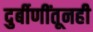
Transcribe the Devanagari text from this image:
दुर्बीणींतूनही